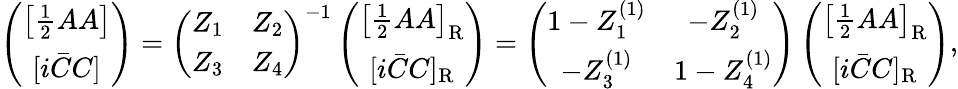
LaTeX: \left(\begin{array}{c}{{\left[\frac 12AA\right]}}\\ {{[i\bar{C}C]}}\end{array}\right)=\left(\begin{array}{cc}{{Z_{1}}}&{{Z_{2}}}\\ {{Z_{3}}}&{{Z_{4}}}\end{array}\right)^{-1}\left(\begin{array}{c}{{\left[\frac 12AA\right]_{\mathrm{R}}}}\\ {{[i\bar{C}C]_{\mathrm{R}}}}\end{array}\right)=\left(\begin{array}{cc}{{1-Z_{1}^{(1)}}}&{{-Z_{2}^{(1)}}}\\ {{-Z_{3}^{(1)}}}&{{1-Z_{4}^{(1)}}}\end{array}\right)\left(\begin{array}{c}{{\left[\frac 12AA\right]_{\mathrm{R}}}}\\ {{[i\bar{C}C]_{\mathrm{R}}}}\end{array}\right),